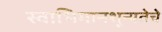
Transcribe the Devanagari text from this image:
स्वाभिमानशून्यतेचे